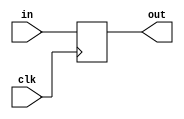
module pipeline_6bit(

	input clk,
	input [6:0] in,
	
	output reg [6:0] out
	
);

always @(posedge clk) begin
	out <= in;
end

endmodule